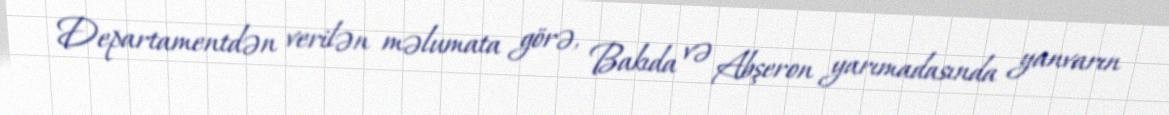
Departamentdən verilən məlumata görə, Bakıda və Abşeron yarımadasında yanvarın